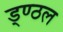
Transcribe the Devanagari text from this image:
ड्ण्ठल